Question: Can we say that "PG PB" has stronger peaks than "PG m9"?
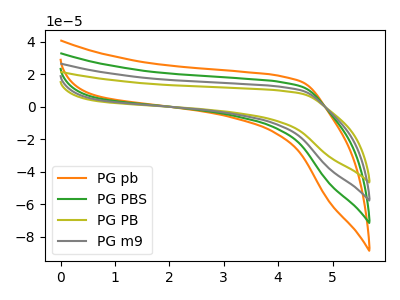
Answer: <think>The orange curve "PG pb" has no peaks. The green curve "PG PBS" has no peaks. The olive curve "PG PB" has no peaks. The gray curve "PG m9" has no peaks.</think>
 <answer>Niether CV has any peaks.</answer>
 <eval>blanks</eval>